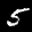
Label: 5